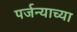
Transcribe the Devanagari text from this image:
पर्जन्याच्या